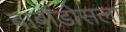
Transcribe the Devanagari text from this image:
बार्बाडोसला